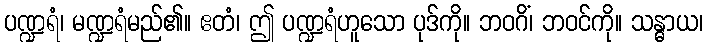
ပဏ္ဍရံ၊ မဏ္ဍရံမည်၏။ ဧတံ၊ ဤ ပဏ္ဍရံဟူသော ပုဒ်ကို။ ဘဝဂိံ၊ ဘဝင်ကို။ သန္ဓာယ၊